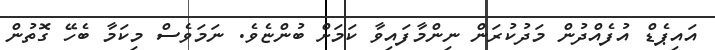
އައިޕެޑް އުފެއްދުން މަދުކުރަން ނިންމާފައިވާ ކަމަށް ބުންޏެވެ. ނަމަވެސް މިކަމާ ބެހޭ ގޮތުން